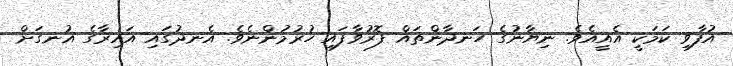
އުފާވި ކަމަކީ އެއީއެވެ. ނިޔާނުގެ ހަނދާންތައް ފޮރުވާފައި ހުރުމުންނެވެ. އެނދުގައި އައިރާގެ އުނގަށް